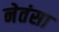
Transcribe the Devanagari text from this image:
नेतंसा